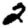
Digit: 2